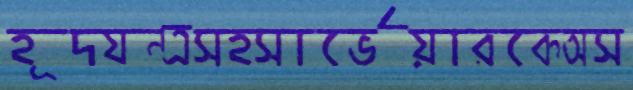
হূদযন্ত্রসহসার্ভেয়ারকেঅস